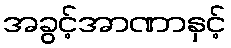
အခွင့်အာဏာနှင့်